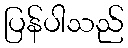
ပြန်ပါသည်